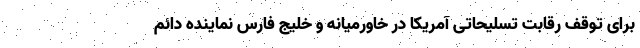
برای توقف رقابت تسلیحاتی آمریکا در خاورمیانه و خلیج فارس نماینده دائم